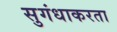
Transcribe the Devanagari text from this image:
सुगंधाकरता